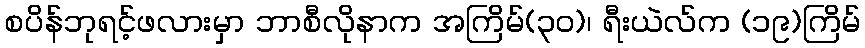
စပိန်ဘုရင့်ဖလားမှာ ဘာစီလိုနာက အကြိမ်(၃၀)၊ ရီးယဲလ်က (၁၉)ကြိမ်